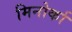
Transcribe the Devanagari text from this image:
मिनोर्का